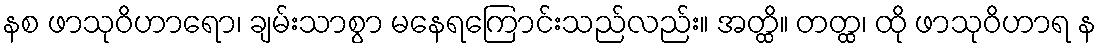
နစ ဖာသုဝိဟာရော၊ ချမ်းသာစွာ မနေရကြောင်းသည်လည်း။ အတ္ထိ။ တတ္ထ၊ ထို ဖာသုဝိဟာရ န